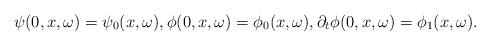
LaTeX: \begin{align*}\psi(0,x,\omega) = \psi_0(x,\omega), \phi(0,x,\omega) = \phi_0(x,\omega), \partial_t\phi(0,x,\omega) = \phi_1(x,\omega).\end{align*}